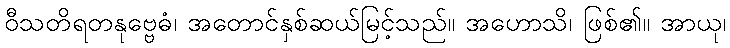
ဝီသတိရတနုဗ္ဗေဓံ၊ အတောင်နှစ်ဆယ်မြင့်သည်။ အဟောသိ၊ ဖြစ်၏။ အာယု၊